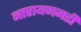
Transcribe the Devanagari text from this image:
नारायणगडी